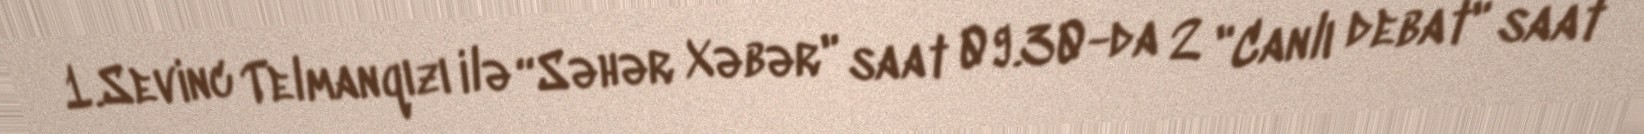
1.Sevinc Telmanqızı ilə “Səhər Xəbər" saat 09.30-da 2 "Canlı debat" saat